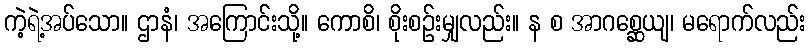
ကဲ့ရဲ့အပ်သော။ ဌာနံ၊ အကြောင်းသို့။ ကောစိ၊ စိုးစဉ်းမျှလည်း။ န စ အာဂစ္ဆေယျ၊ မရောက်လည်း